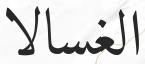
الغسالا